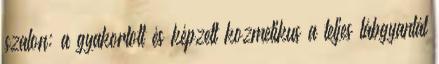
szalon: a gyakorlott és képzett kozmetikus a teljes lábgyantát